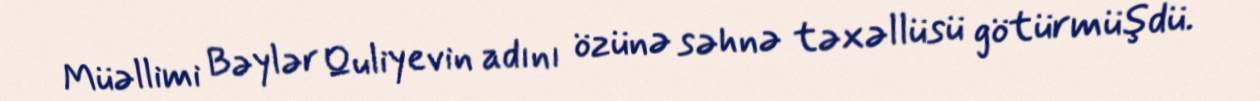
Müəllimi Bəylər Quliyevin adını özünə səhnə təxəllüsü götürmüşdü.